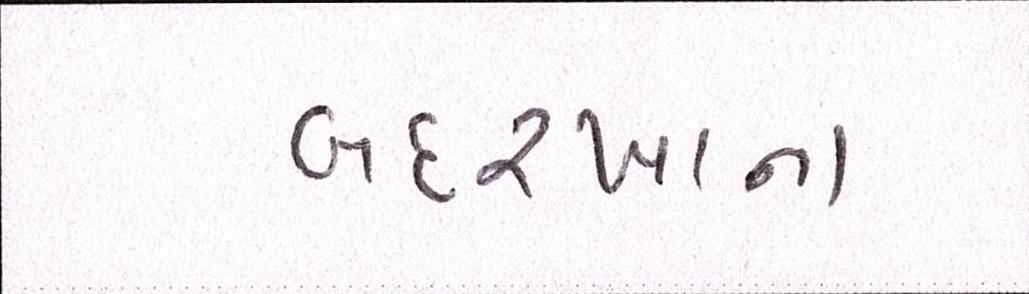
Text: બદરખાના